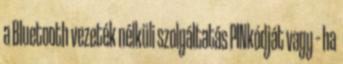
a Bluetooth vezeték nélküli szolgáltatás PINkódját vagy – ha